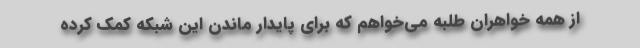
از همه خواهران طلبه می‌خواهم که برای پایدار ماندن این شبکه کمک کرده